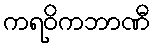
ကရဝိကဘာဏီ